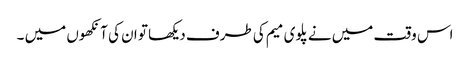
اس وقت میں نے پلوی میم کی طرف دیکھا تو ان کی آنکھوں میں ۔